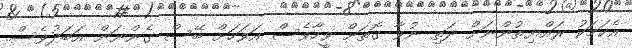
އެކަމަކު ރައްޔިތުންނަށް ދަތި ނުވާ ގޮތަށް ވީހާވެސް އަވަހަށް ބޭސް ގެންނަން އަބަދުވެސް.